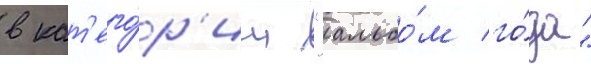
в кат'его́р'ии "альбо́м го́да"